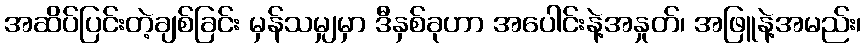
အဆိပ်ပြင်းတဲ့ချစ်ခြင်း မှန်သမျှမှာ ဒီနှစ်ခုဟာ အပေါင်းနဲ့အနှုတ်၊ အဖြူနဲ့အမည်း၊